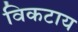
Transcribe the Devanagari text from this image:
विकटाय